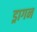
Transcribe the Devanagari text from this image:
ड्रागन